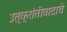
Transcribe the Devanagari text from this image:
उत्क्रांतीवादाचे